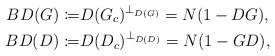
\begin{align*}BD(G)\coloneqq & D(G_{c})^{\bot_{D(G)}}=N(1-DG),\\BD(D)\coloneqq & D(D_{c})^{\bot_{D(D)}}=N(1-GD),\end{align*}